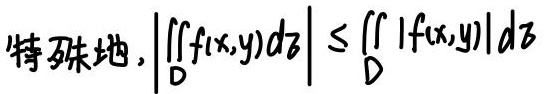
特殊地, $\left|\iint_{D} f(x,y) \,d\sigma\right| \leq \iint_{D} |f(x,y)| \,d\sigma$